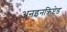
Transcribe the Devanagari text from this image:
अनइनक्रिप्टेड